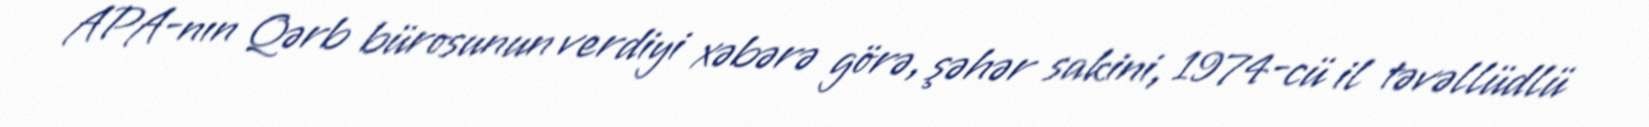
APA-nın Qərb bürosunun verdiyi xəbərə görə, şəhər sakini, 1974-cü il təvəllüdlü